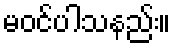
မဝင်ပါသနည်း။